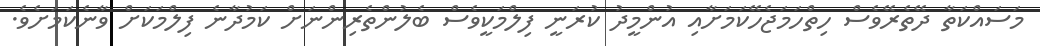
މަސައްކަތާ ދޭތެރޭވެސް ހިތްހަމަޖެހޭކަމަށާއި އުންމީދު ކުރަނީ ފިލްމަކީވެސް ބެލުންތެރިންނަށް ކަމުދާނެ ފިލްމަކަށް ވާނެކަމަށެވެ.